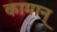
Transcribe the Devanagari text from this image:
कामान्